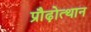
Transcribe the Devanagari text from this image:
प्रौढ़ोत्थान